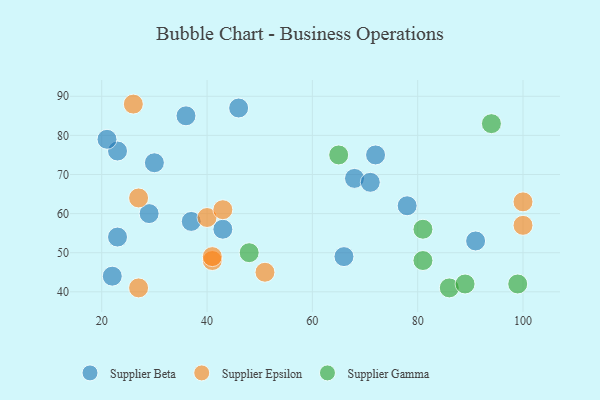
{"axis": {"x": "GDP", "y": "Life Expectancy"}, "legend": ["Supplier Beta", "Supplier Epsilon", "Supplier Gamma"], "data": [{"x": "78", "y": 62, "type": "Supplier Beta"}, {"x": "37", "y": 58, "type": "Supplier Beta"}, {"x": "22", "y": 44, "type": "Supplier Beta"}, {"x": "29", "y": 60, "type": "Supplier Beta"}, {"x": "36", "y": 85, "type": "Supplier Beta"}, {"x": "72", "y": 75, "type": "Supplier Beta"}, {"x": "30", "y": 73, "type": "Supplier Beta"}, {"x": "66", "y": 49, "type": "Supplier Beta"}, {"x": "68", "y": 69, "type": "Supplier Beta"}, {"x": "43", "y": 56, "type": "Supplier Beta"}, {"x": "91", "y": 53, "type": "Supplier Beta"}, {"x": "23", "y": 76, "type": "Supplier Beta"}, {"x": "71", "y": 68, "type": "Supplier Beta"}, {"x": "23", "y": 54, "type": "Supplier Beta"}, {"x": "46", "y": 87, "type": "Supplier Beta"}, {"x": "21", "y": 79, "type": "Supplier Beta"}, {"x": "27", "y": 41, "type": "Supplier Epsilon"}, {"x": "27", "y": 64, "type": "Supplier Epsilon"}, {"x": "40", "y": 59, "type": "Supplier Epsilon"}, {"x": "51", "y": 45, "type": "Supplier Epsilon"}, {"x": "41", "y": 48, "type": "Supplier Epsilon"}, {"x": "26", "y": 88, "type": "Supplier Epsilon"}, {"x": "100", "y": 63, "type": "Supplier Epsilon"}, {"x": "43", "y": 61, "type": "Supplier Epsilon"}, {"x": "41", "y": 49, "type": "Supplier Epsilon"}, {"x": "100", "y": 57, "type": "Supplier Epsilon"}, {"x": "86", "y": 41, "type": "Supplier Gamma"}, {"x": "48", "y": 50, "type": "Supplier Gamma"}, {"x": "99", "y": 42, "type": "Supplier Gamma"}, {"x": "81", "y": 56, "type": "Supplier Gamma"}, {"x": "65", "y": 75, "type": "Supplier Gamma"}, {"x": "94", "y": 83, "type": "Supplier Gamma"}, {"x": "89", "y": 42, "type": "Supplier Gamma"}, {"x": "81", "y": 48, "type": "Supplier Gamma"}]}